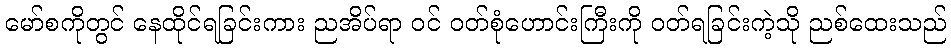
မော်စကိုတွင် နေထိုင်ရခြင်းကား ညအိပ်ရာ ဝင် ဝတ်စုံဟောင်းကြီးကို ဝတ်ရခြင်းကဲ့သို ညစ်ထေးသည်